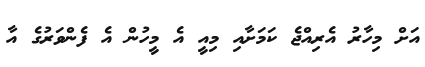
އަށް މިހާރު އެރިއްޖެ ކަމަށާއި މިއީ އެ މީހުން އެ ފެންވަރުގެ އާ